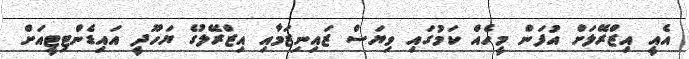
އެއީ އިޒްރޭލަށް އުފަން މީހެއް ކަމުގައި ވިޔަސް ޒައިނިޒަމާއި އިޒްރޭލުގެ ޔަހޫދީ އައިޑެންޓިޓީއަށް